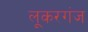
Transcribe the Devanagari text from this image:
लूकरगंज